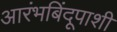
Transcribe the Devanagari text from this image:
आरंभबिंदूपाशी